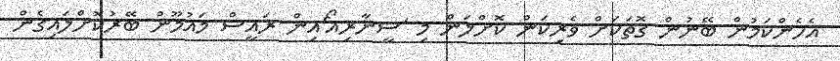
އެހެންކަމުން ބޭނުން ގޮތަކަށް ވެރިކަން ކޮށްލަން މި 'ސީނާރިއޯ'އިން ރައީސް މައުމޫން ބޭރުކޮށްލައިގެން